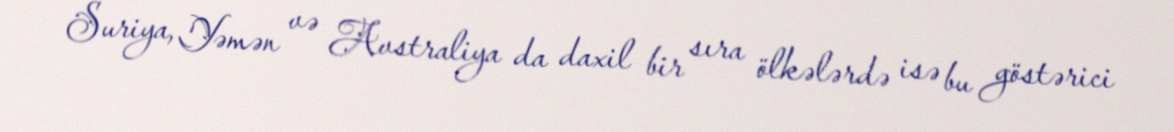
Suriya, Yəmən və Avstraliya da daxil bir sıra ölkələrdə isə bu göstərici